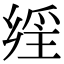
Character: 𤔕